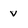
Character: v